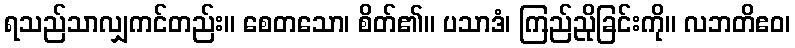
ရသည်သာလျှကင်တည်း။ စေတသော၊ စိတ်၏။ ပသာဒံ၊ ကြည်ညိုခြင်းကို။ လဘတိဧဝ၊